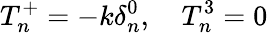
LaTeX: T_{n}^{+}=-k\delta_{n}^{0},\ \ \ \ T_{n}^{3}=0